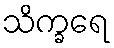
သိက္ခရေ